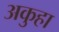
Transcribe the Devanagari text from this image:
अकुहा